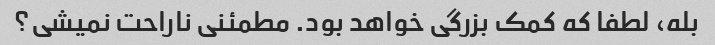
بله، لطفا که کمک بزرگی خواهد بود. مطمئنی ناراحت نمیشی؟